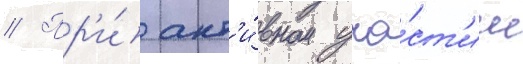
// Пр'и́ акт'и́вном уча́ст'ии